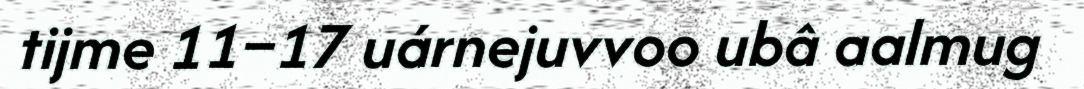
tijme 11–17 uárnejuvvoo ubâ aalmug